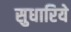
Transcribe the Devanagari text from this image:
सुधारिये